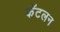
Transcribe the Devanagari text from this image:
कॅटलन